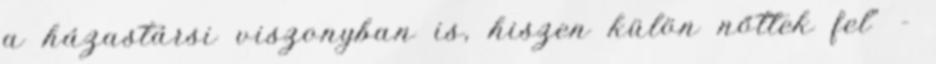
a házastársi viszonyban is, hiszen külön nőttek fel" -